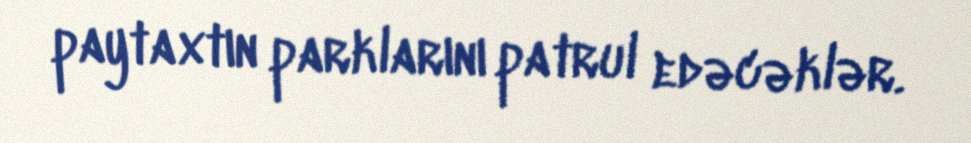
paytaxtın parklarını patrul edəcəklər.